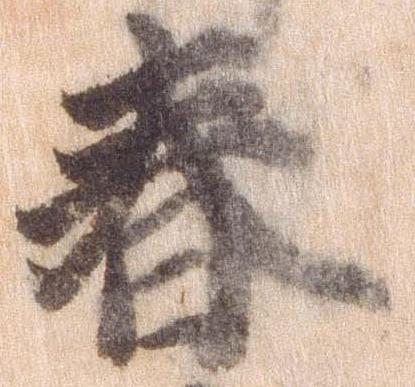
春